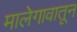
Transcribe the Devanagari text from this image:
मालेगावातून